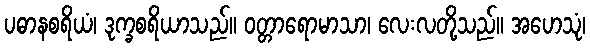
ပဓာနစရိယံ၊ ဒုက္ခစရိယာသည်။ ဝတ္တာရောမာသာ၊ လေးလတို့သည်။ အဟေသုံ၊